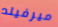
ميرفيلد